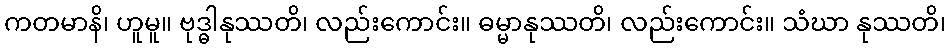
ကတမာနိ၊ ဟူမူ။ ဗုဒ္ဓါနုဿတိ၊ လည်းကောင်း။ ဓမ္မာနုဿတိ၊ လည်းကောင်း။ သံဃာ နုဿတိ၊